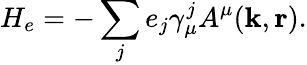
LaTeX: H_{e}=-\sum_{j}e_{j}\gamma_{\mu}^{j}A^{\mu}({\mathbf k},{\mathbf r}).